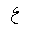
Letter: _ayn